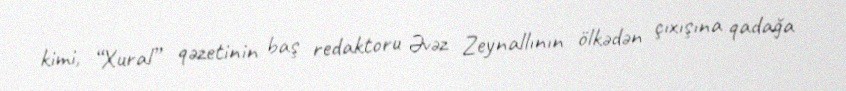
kimi, “Xural” qəzetinin baş redaktoru Əvəz Zeynallının ölkədən çıxışına qadağa